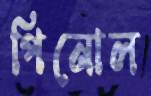
পিনোল